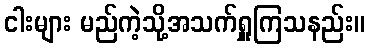
ငါးများ မည်ကဲ့သို့အသက်ရှူကြသနည်း။